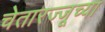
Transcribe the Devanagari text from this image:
चेतारज्जूच्या